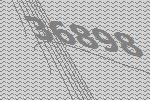
36898